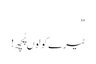
"
ٹیرے کولوں پُچھ!